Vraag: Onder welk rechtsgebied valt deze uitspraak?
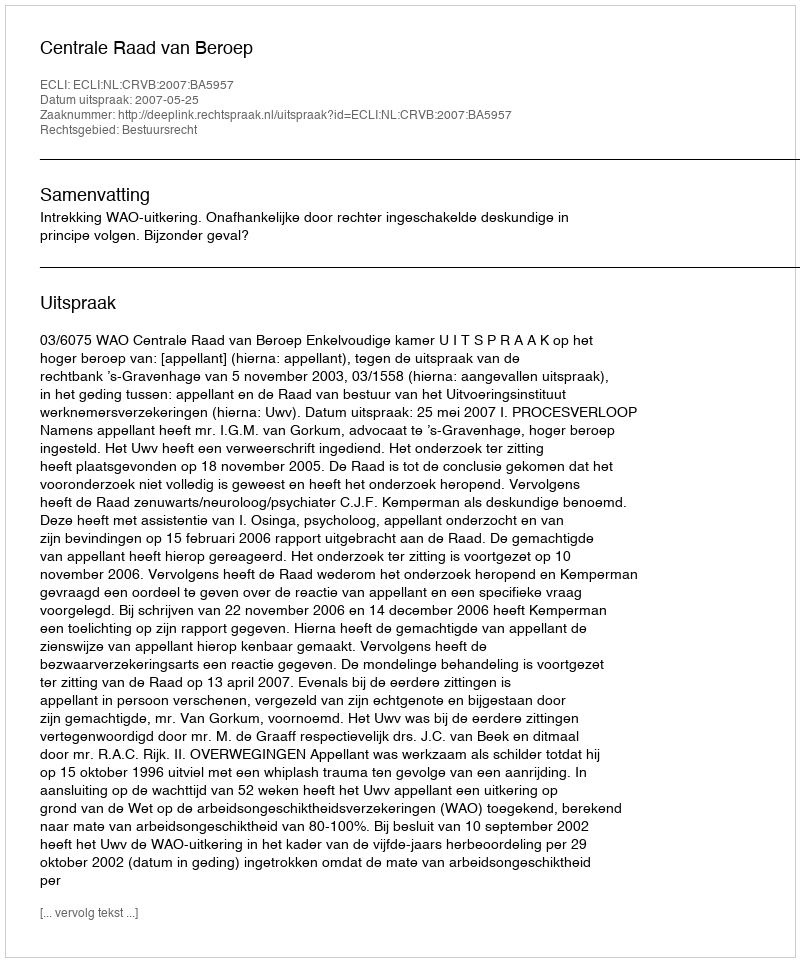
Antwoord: Bestuursrecht